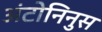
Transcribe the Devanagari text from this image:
अंटोनिनुस